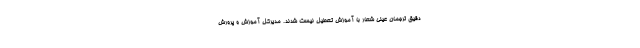
دقیق ترجمان عینی شعار با آموزش تعطیل نیست شدند. مدیرکل آموزش و پرورش